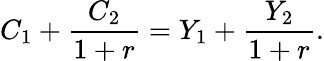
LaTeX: C_{1}+{\frac{C_{2}}{1+r}}=Y_{1}+{\frac{Y_{2}}{1+r}}.